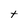
Character: t